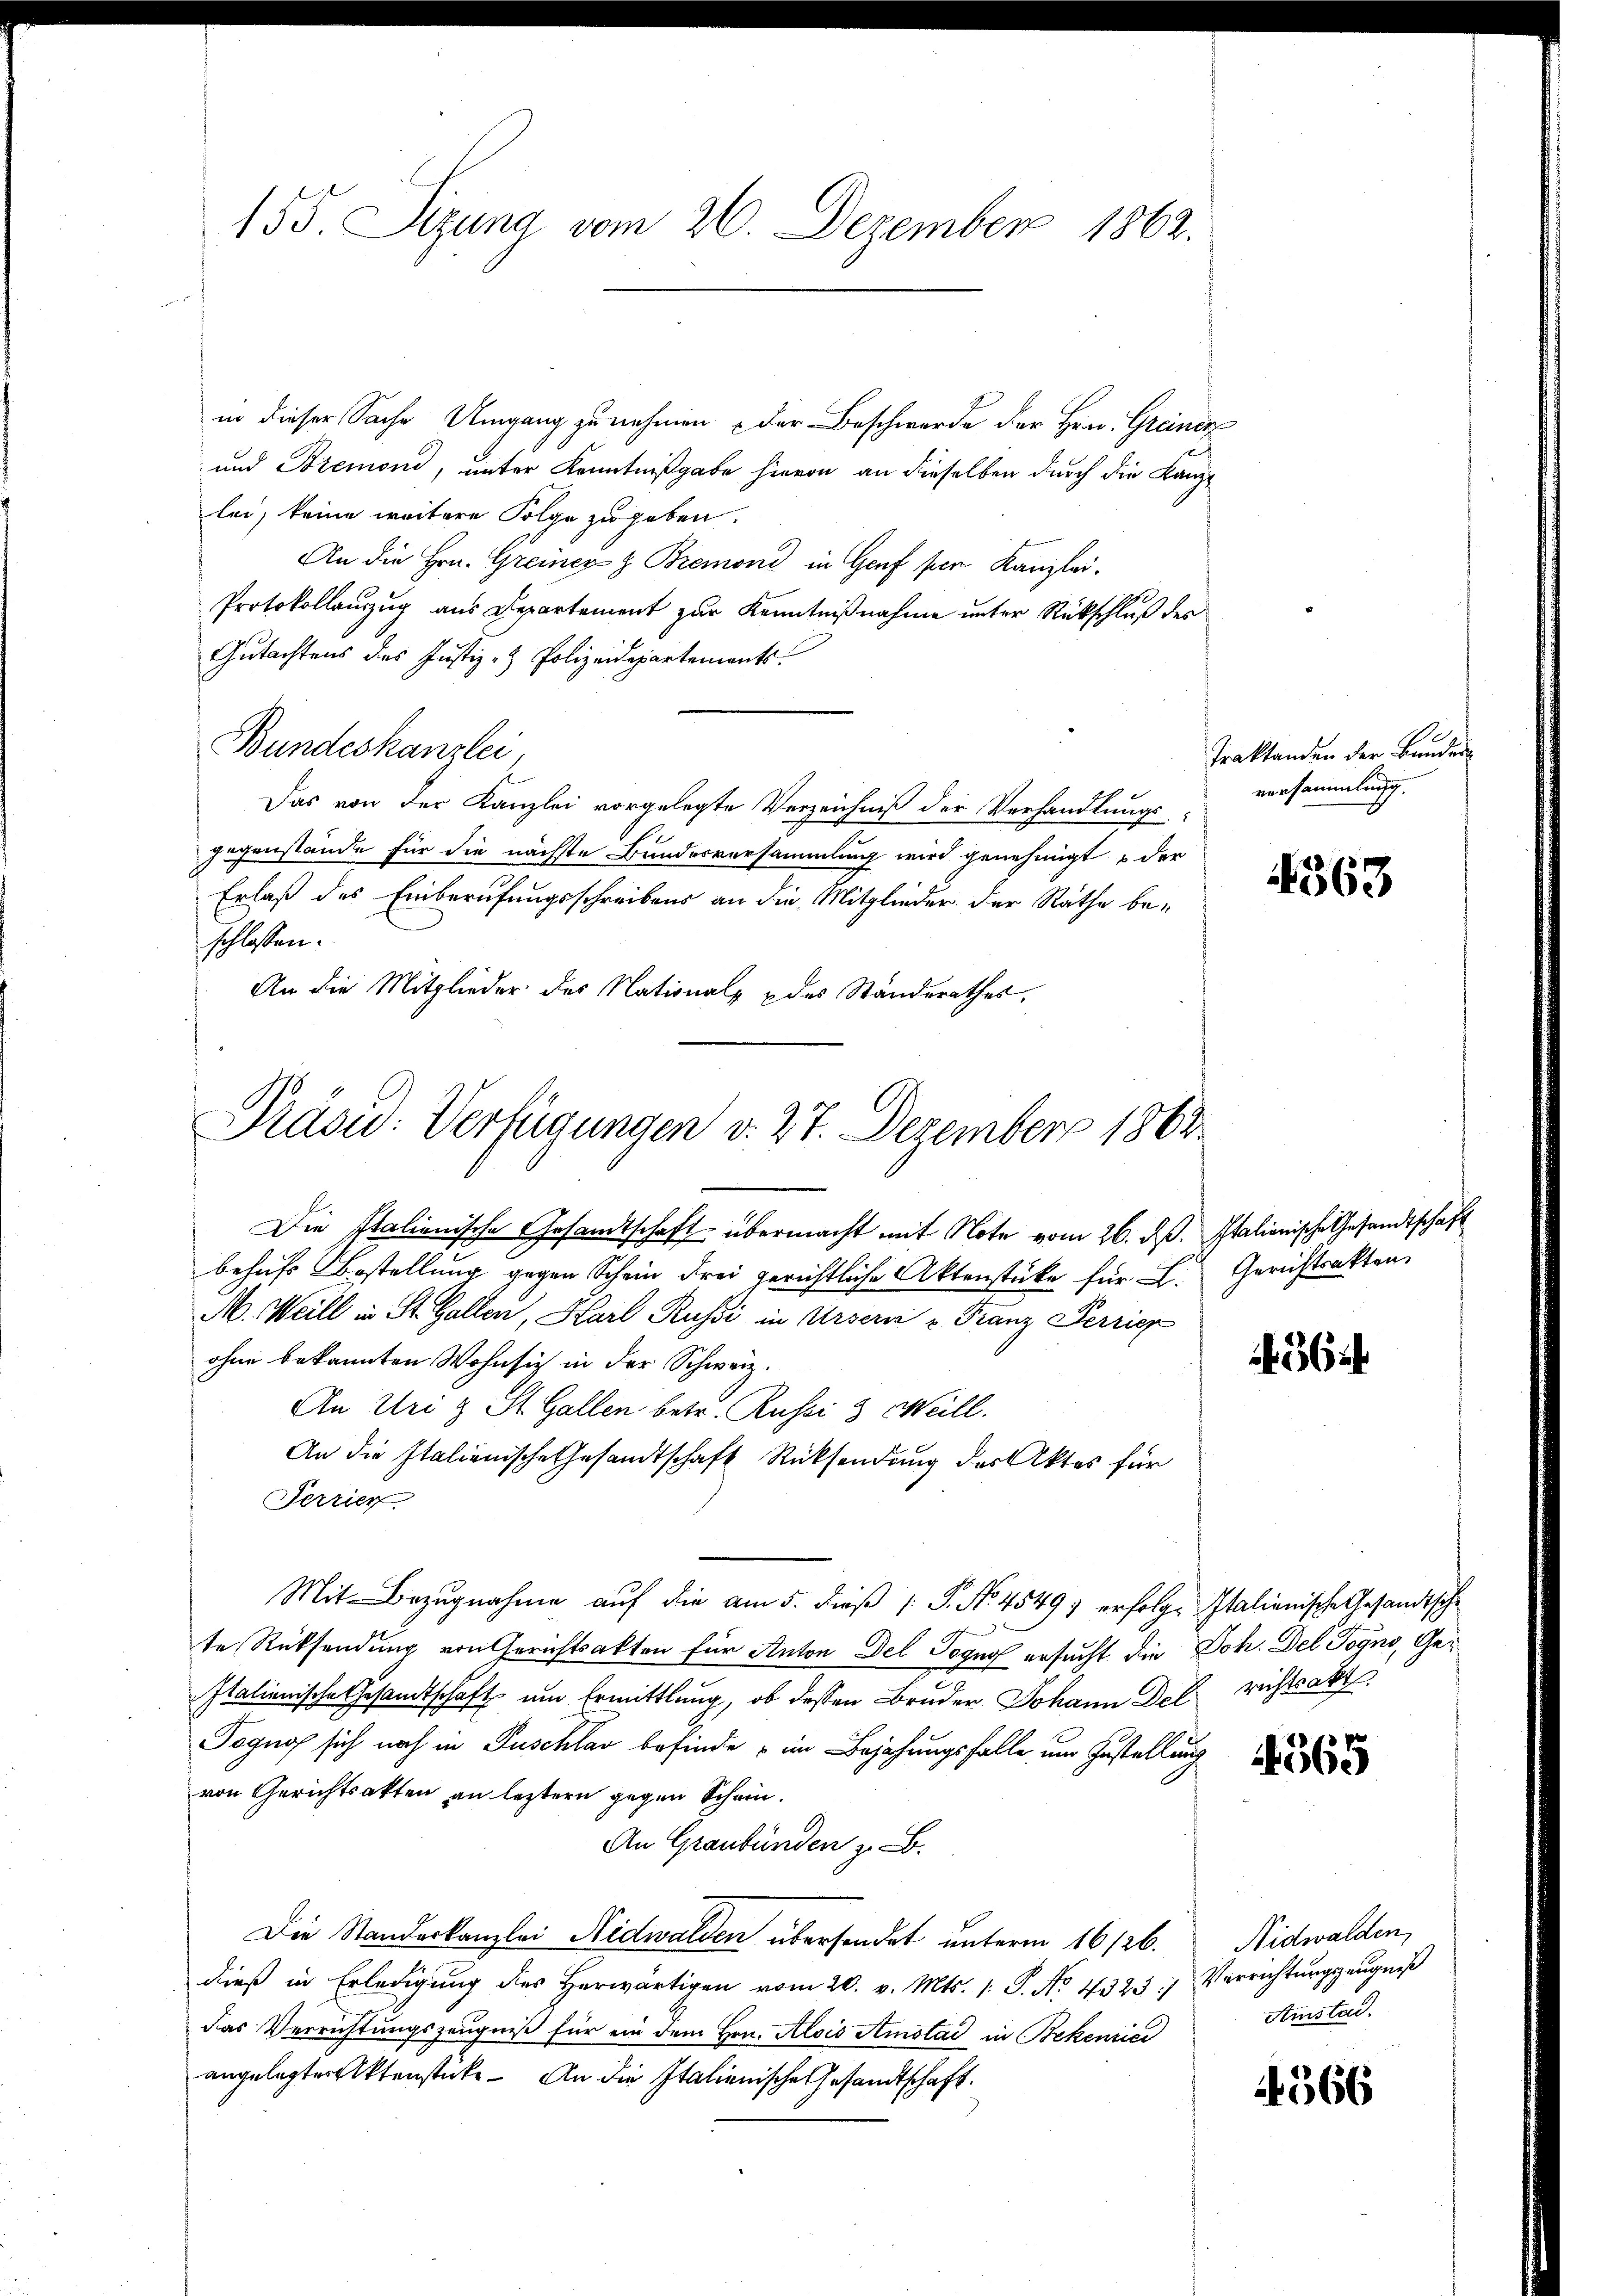
155. Sizung vom 26. Dezember 1862.

in dieser Sache Umgang zu nehmen - der Beschwerde der Hrn. Greinen
und Bremond, unter Kenntnißgabe hievon an dieselben durch die Kanzlei, keine weitere Folge zu geben.
An die Hrn. Greiner z. Bremoni in Genf per Kanzlei.
Protokollanzug aus Departement zur Kenntnißnahme unter Rückschluß des
Gutachtens des Justiz- & Polizeidepartements.
Bundeskanzlei,
Das von der Kanzlei vorgelegte Verzeichniß der Verhandlungs-
gegenstände für die nächste Bundesversammlung wird genehmigt u der
Erlaß des Einberufungsschreibens an die Mitglieder der Rathe beschlossen:
An die Mitglieder des Nationalp & des Standerathes,

Präsid. Verfügungen v. 27. Dezember 1863.

Die Italienische Gesandtschaft übermacht mit Note vom 26. ds. Italienische Gesandtschaft
behufs Bestellung gegen Schein drei gerichtliche Aktenstüke für L. Gerichtsakten.
M. Weill in St. Gallen, Karl Russi in Urser u Franz Perrich
ohne bekannten Wohnsich in der Schweiz.
An Uri & St. Gallen betr. Russi & Meill.
An die Italienische Gesandtschaft Rücksendung des Aktes für
Terrier
Mit Bezugnahme auf die am 5. dieß P. No 4549) erfolge Italienische Gesandtsche
te Rücksendung von Gerichtsakten für Anton Del Togno ersucht die Joh. Del Togno, Ge¬
Italienische Gesandtschaft um Ermittlung, ob dessen Bruder Johann Del richtsakt
Pognos sich noch in Puschlag befinde im Bejahungsfalle um Zustellung
von Gerichtsakten an letztern gegen Schein.
An Graubünden z. B.
Die Standeskanzlei Nidwalden übersendet unterm 16/26. Nidwalden,
dieβ in Erledigŭng des herwärtigen vom 20. v. Mts. 1. P. Nr. 4323) Verrichtŭngseŭgniβ
das Verrichtungszeugniß für ein dem Hrn. Alois Amstad in Bekenries
angelegter Aktenstücke. An die Italienische Gesandtschaft.

Traktanden der Bundere
versammlung.

4563

364

4565

Amstad.

366